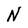
Character: N